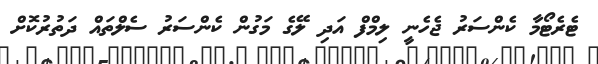
ޓެރެޓޯމާ ކެންސަރު ޖެހެނީ ލިމްފް އަދި ލޭގެ މަގުން ކެންސަރު ސެލްތައް ދަތުރުކޮށް